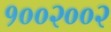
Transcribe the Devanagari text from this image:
१००२००२